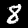
Label: 8